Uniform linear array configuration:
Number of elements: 8
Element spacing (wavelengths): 0.75
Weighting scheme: exponential
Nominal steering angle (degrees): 0
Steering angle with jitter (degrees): -0.6181
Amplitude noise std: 0.05
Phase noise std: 0.05

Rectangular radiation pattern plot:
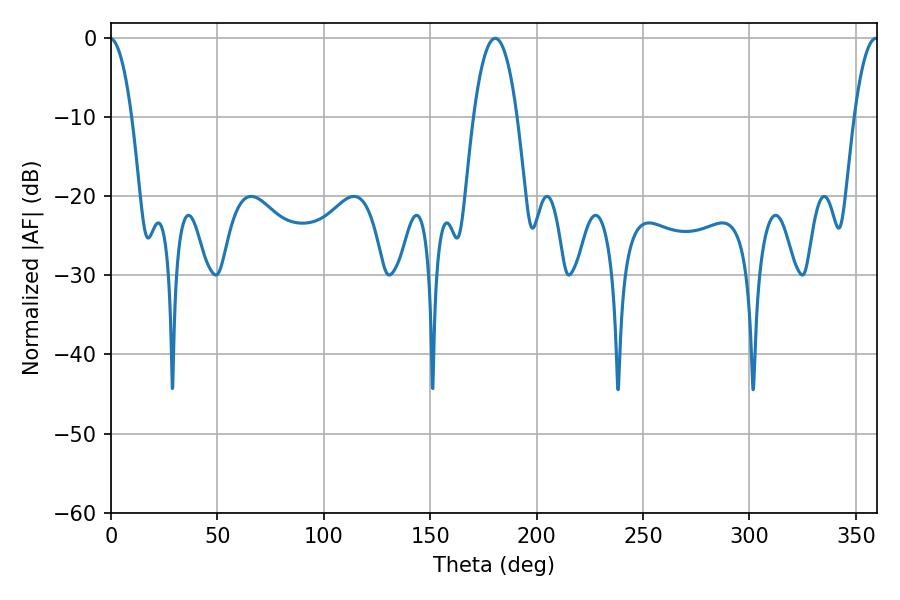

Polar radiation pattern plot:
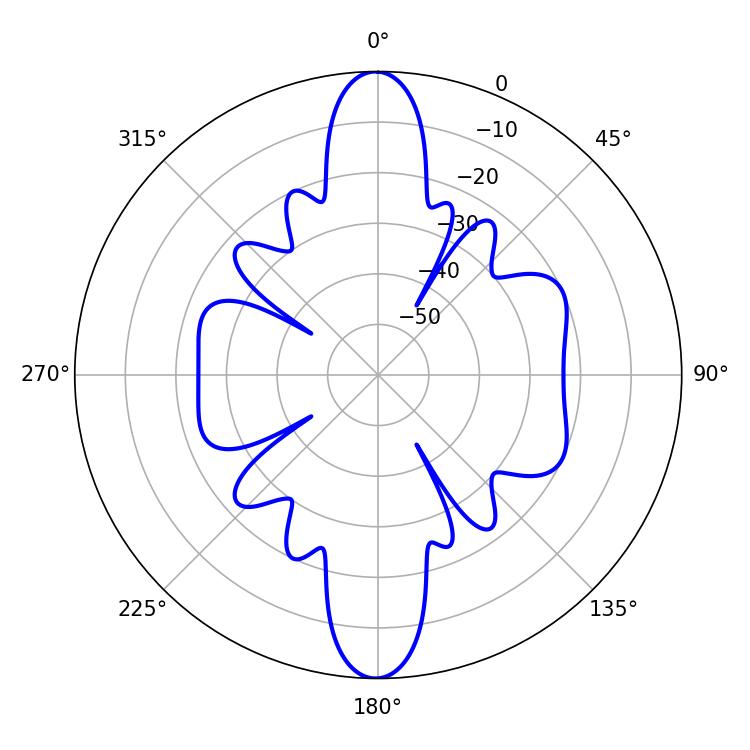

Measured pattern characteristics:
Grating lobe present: TRUE
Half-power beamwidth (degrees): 11.52
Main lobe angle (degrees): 180.54